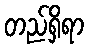
တည်ရှိရာ